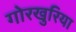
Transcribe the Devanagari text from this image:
गोरखुरिया